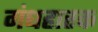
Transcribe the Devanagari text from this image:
गंधहारक